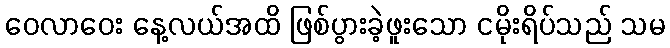
ဝေလာဝေး နေ့လယ်အထိ ဖြစ်ပွားခဲ့ဖူးသော ငမိုးရိပ်သည် သမ